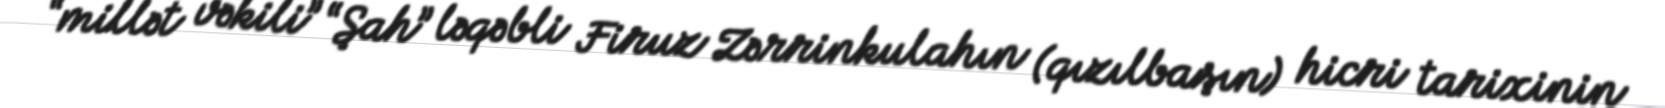
“millət vəkili” “Şah” ləqəbli Firuz Zərrinkulahın (qızılbaşın) hicri tarixinin